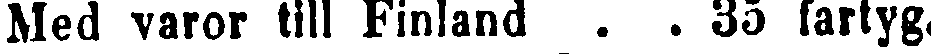
Med varor till Finland . .35 fartyg,